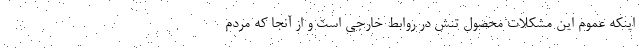
اینکه عموم این مشکلات محصول تنش در روابط خارجی است و از آنجا که مردم